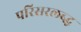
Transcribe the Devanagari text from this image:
परिसरलब्द्ध